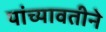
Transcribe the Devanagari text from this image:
यांच्यावतीने